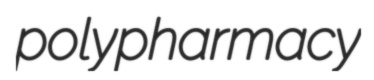
polypharmacy